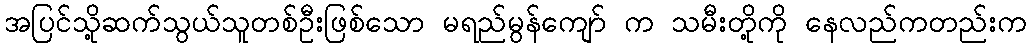
အပြင်သို့ဆက်သွယ်သူတစ်ဦးဖြစ်သော မရည်မွန်ကျော် က သမီးတို့ကို နေလည်ကတည်းက